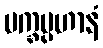
မက္ခပ္ပဟာနံ